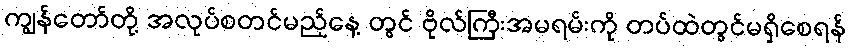
ကျွန်တော်တို့ အလုပ်စတင်မည့်နေ့ တွင် ဗိုလ်ကြီးအမရမ်းကို တပ်ထဲတွင်မရှိစေရန်